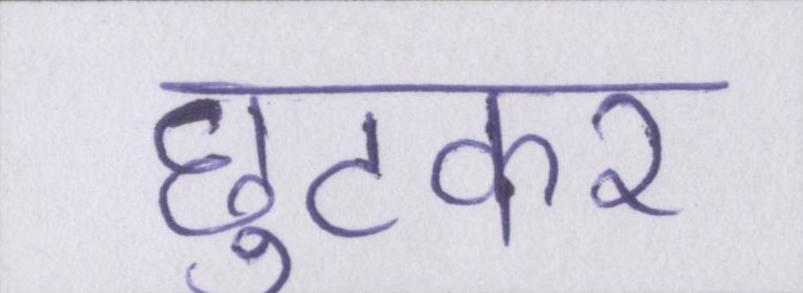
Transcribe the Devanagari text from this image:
छुटकर